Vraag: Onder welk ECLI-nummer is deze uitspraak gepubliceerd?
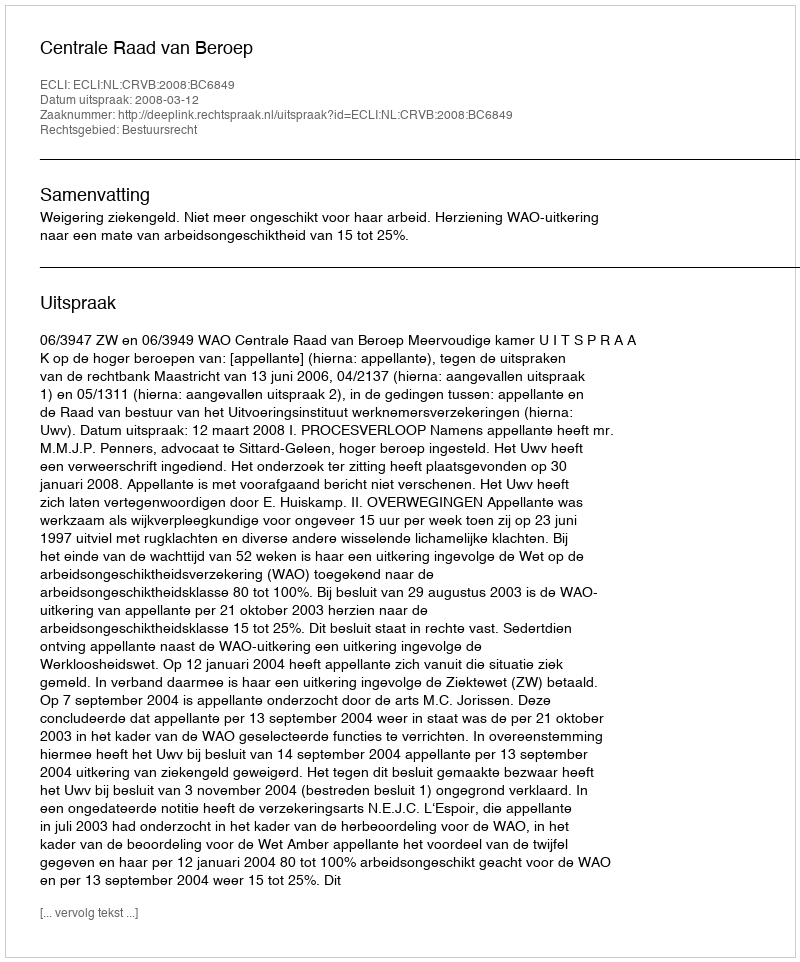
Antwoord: ECLI:NL:CRVB:2008:BC6849